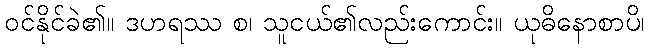
ဝင်နိုင်ခဲ၏။ ဒဟရဿ စ၊ သူငယ်၏လည်းကောင်း။ ယုဓိနောစာပိ၊